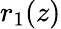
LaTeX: r_{1}(z)